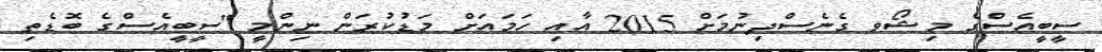
ސީބީއެސްގެ މިޝޯވ ގެނެސްދިނުމަށް 2015 އާއި ހަމައަށް މަޑުކުރަން ނިންމީ "ސީބީއެސްގެ ބޮޑެތި